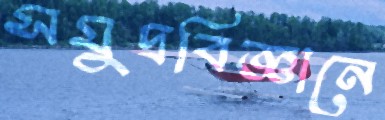
সমুদ্রবিজ্ঞানে